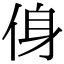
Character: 㑗